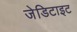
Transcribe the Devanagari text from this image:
जेडिटाइट